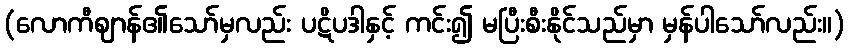
(လောကီဈာန်၏သော်မှလည်း ပဋိပဒါနှင့် ကင်း၍ မပြီးစီးနိုင်သည်မှာ မှန်ပါသော်လည်း။)